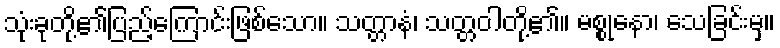
သုံးခုတို့၏ပြည့်ကြောင်းဖြစ်သော။ သတ္တာနံ၊ သတ္တဝါတို့၏။ မစ္စုနော၊ သေခြင်းမှ။